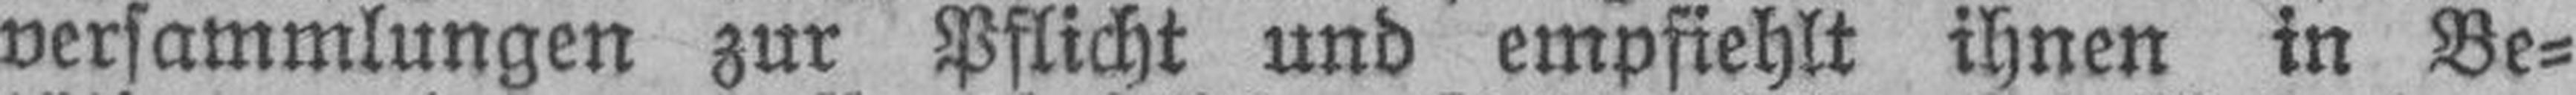
versammlungen zur Pflicht und empfiehlt ihnen in Be¬